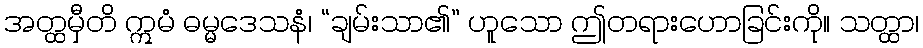
အတ္ထမှီတိ ဣမံ ဓမ္မဒေသနံ၊ “ချမ်းသာ၏” ဟူသော ဤတရားဟောခြင်းကို။ သတ္ထာ၊